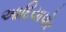
આદિયાપોર